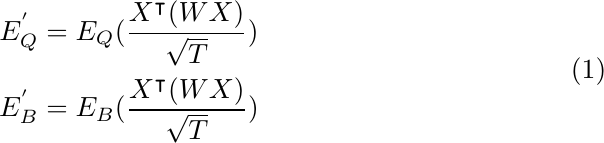
\begin{equation}
    \begin{aligned}
    E_Q^{'} &= E_Q (\frac{X^{\intercal}(WX)}{\sqrt{T}}) \\
    E_B^{'} &= E_B(\frac{X^{\intercal}(WX)}{\sqrt{T}}) \\
    \end{aligned}
\end{equation}